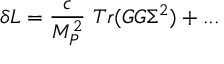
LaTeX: \delta L = \frac { c } { M _ { P } ^ { 2 } } ~ T r ( G G \Sigma ^ { 2 } ) + . . .